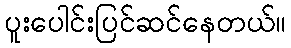
ပူးပေါင်းပြင်ဆင်နေတယ်။